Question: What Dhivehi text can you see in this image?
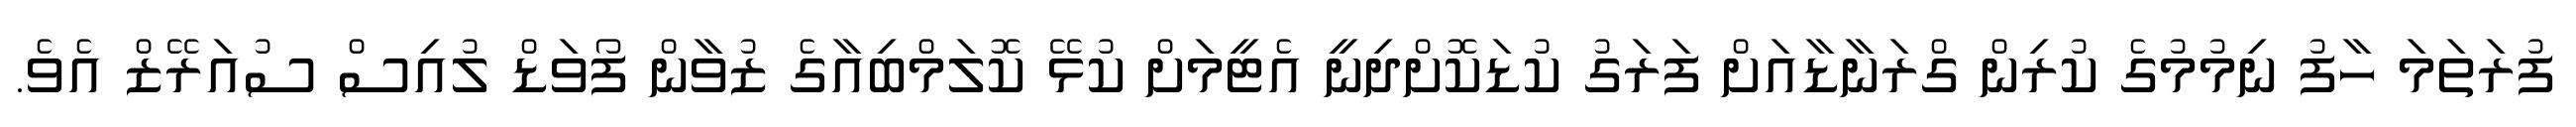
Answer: ފުރަތަމަ ހާފު ނިމުމުގެ ކުރިން ގްރަނާޑާއަށް ފަރަގު ކުޑަކޮށްދިނީ އެޓީމަށް ކުޅޭ ކޮލަމްބިއާގެ ޒުވާން ފޯވަޑް ލުއިސް ސުއަރޭޒް އެވެ.